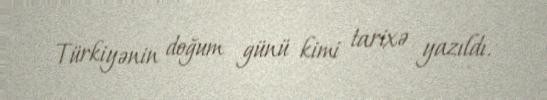
Türkiyənin doğum günü kimi tarixə yazıldı.